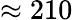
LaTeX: \approx 210